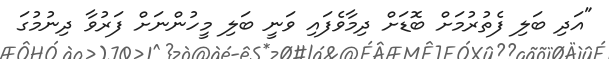
"އަދި ބަލި ފެތުރުމަށް ބޮޑަށް ދިމާވެފައި ވަނީ ބަލި މީހުންނަށް ފަރުވާ ދިނުމުގަ